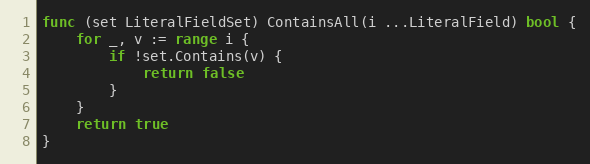
Language: Go
func (set LiteralFieldSet) ContainsAll(i ...LiteralField) bool {
	for _, v := range i {
		if !set.Contains(v) {
			return false
		}
	}
	return true
}